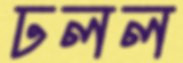
ঢলল